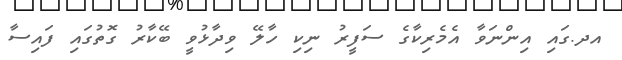
އދ.ގައި އިންނަވާ އެމެރިކާގެ ސަފީރު ނިކި ހާލޭ ވިދާޅުވީ ބޭކާރު ގޮތުގައި ފައިސާ